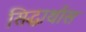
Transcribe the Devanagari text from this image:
सिद्धार्थास